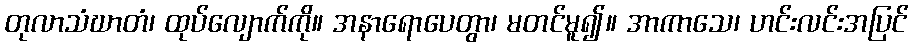
တုလာသံဃာတံ၊ ထုပ်လျောက်ကို။ အနာရောပေတွာ၊ မတင်မူ၍။ အာကာသေ၊ ဟင်းလင်းအပြင်